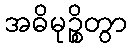
အဓိမုဉ္စိတွာ